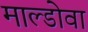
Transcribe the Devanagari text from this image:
माल्डोवा